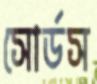
সোর্ডস